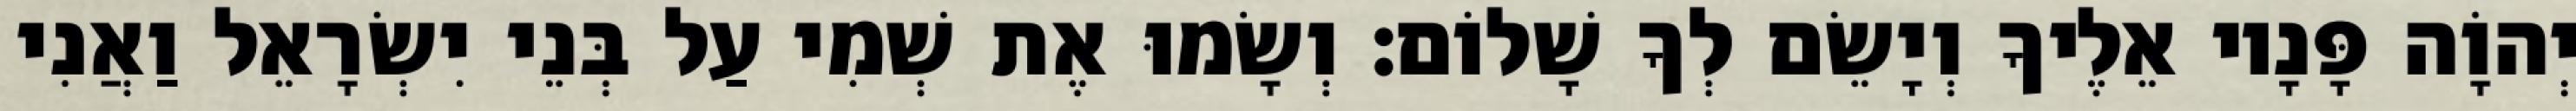
יְהוָֹה פָּנָיו אֵלֶיךָ וְיָשֵׂם לְךָ שָׁלוֹם׃ וְשָׂמוּ אֶת שְׁמִי עַל בְּנֵי יִשְׂרָאֵל וַאֲנִי